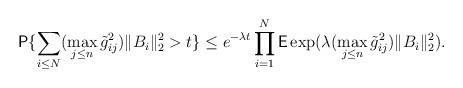
LaTeX: \begin{align*}\textsf{P}\{ \sum_{i\le N}(\max_{j\le n}\tilde{g}_{ij}^{2})\Vert B_{i}\Vert_{2}^{2}>t \}\le e^{-\lambda t}\prod_{i=1}^{N}\textsf{E}\exp(\lambda (\max_{j\le n}\tilde{g}_{ij}^{2})\Vert B_{i}\Vert_{2}^{2}).\end{align*}